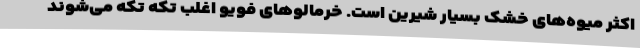
اکثر میوه‌های خشک بسیار شیرین است. خرمالوهای فویو اغلب تکه تکه می‌شوند